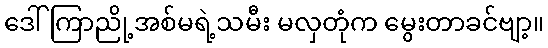
ဒေါ်ကြာညို့အစ်မရဲ့သမီး မလှတုံက မွေးတာခင်ဗျာ့။